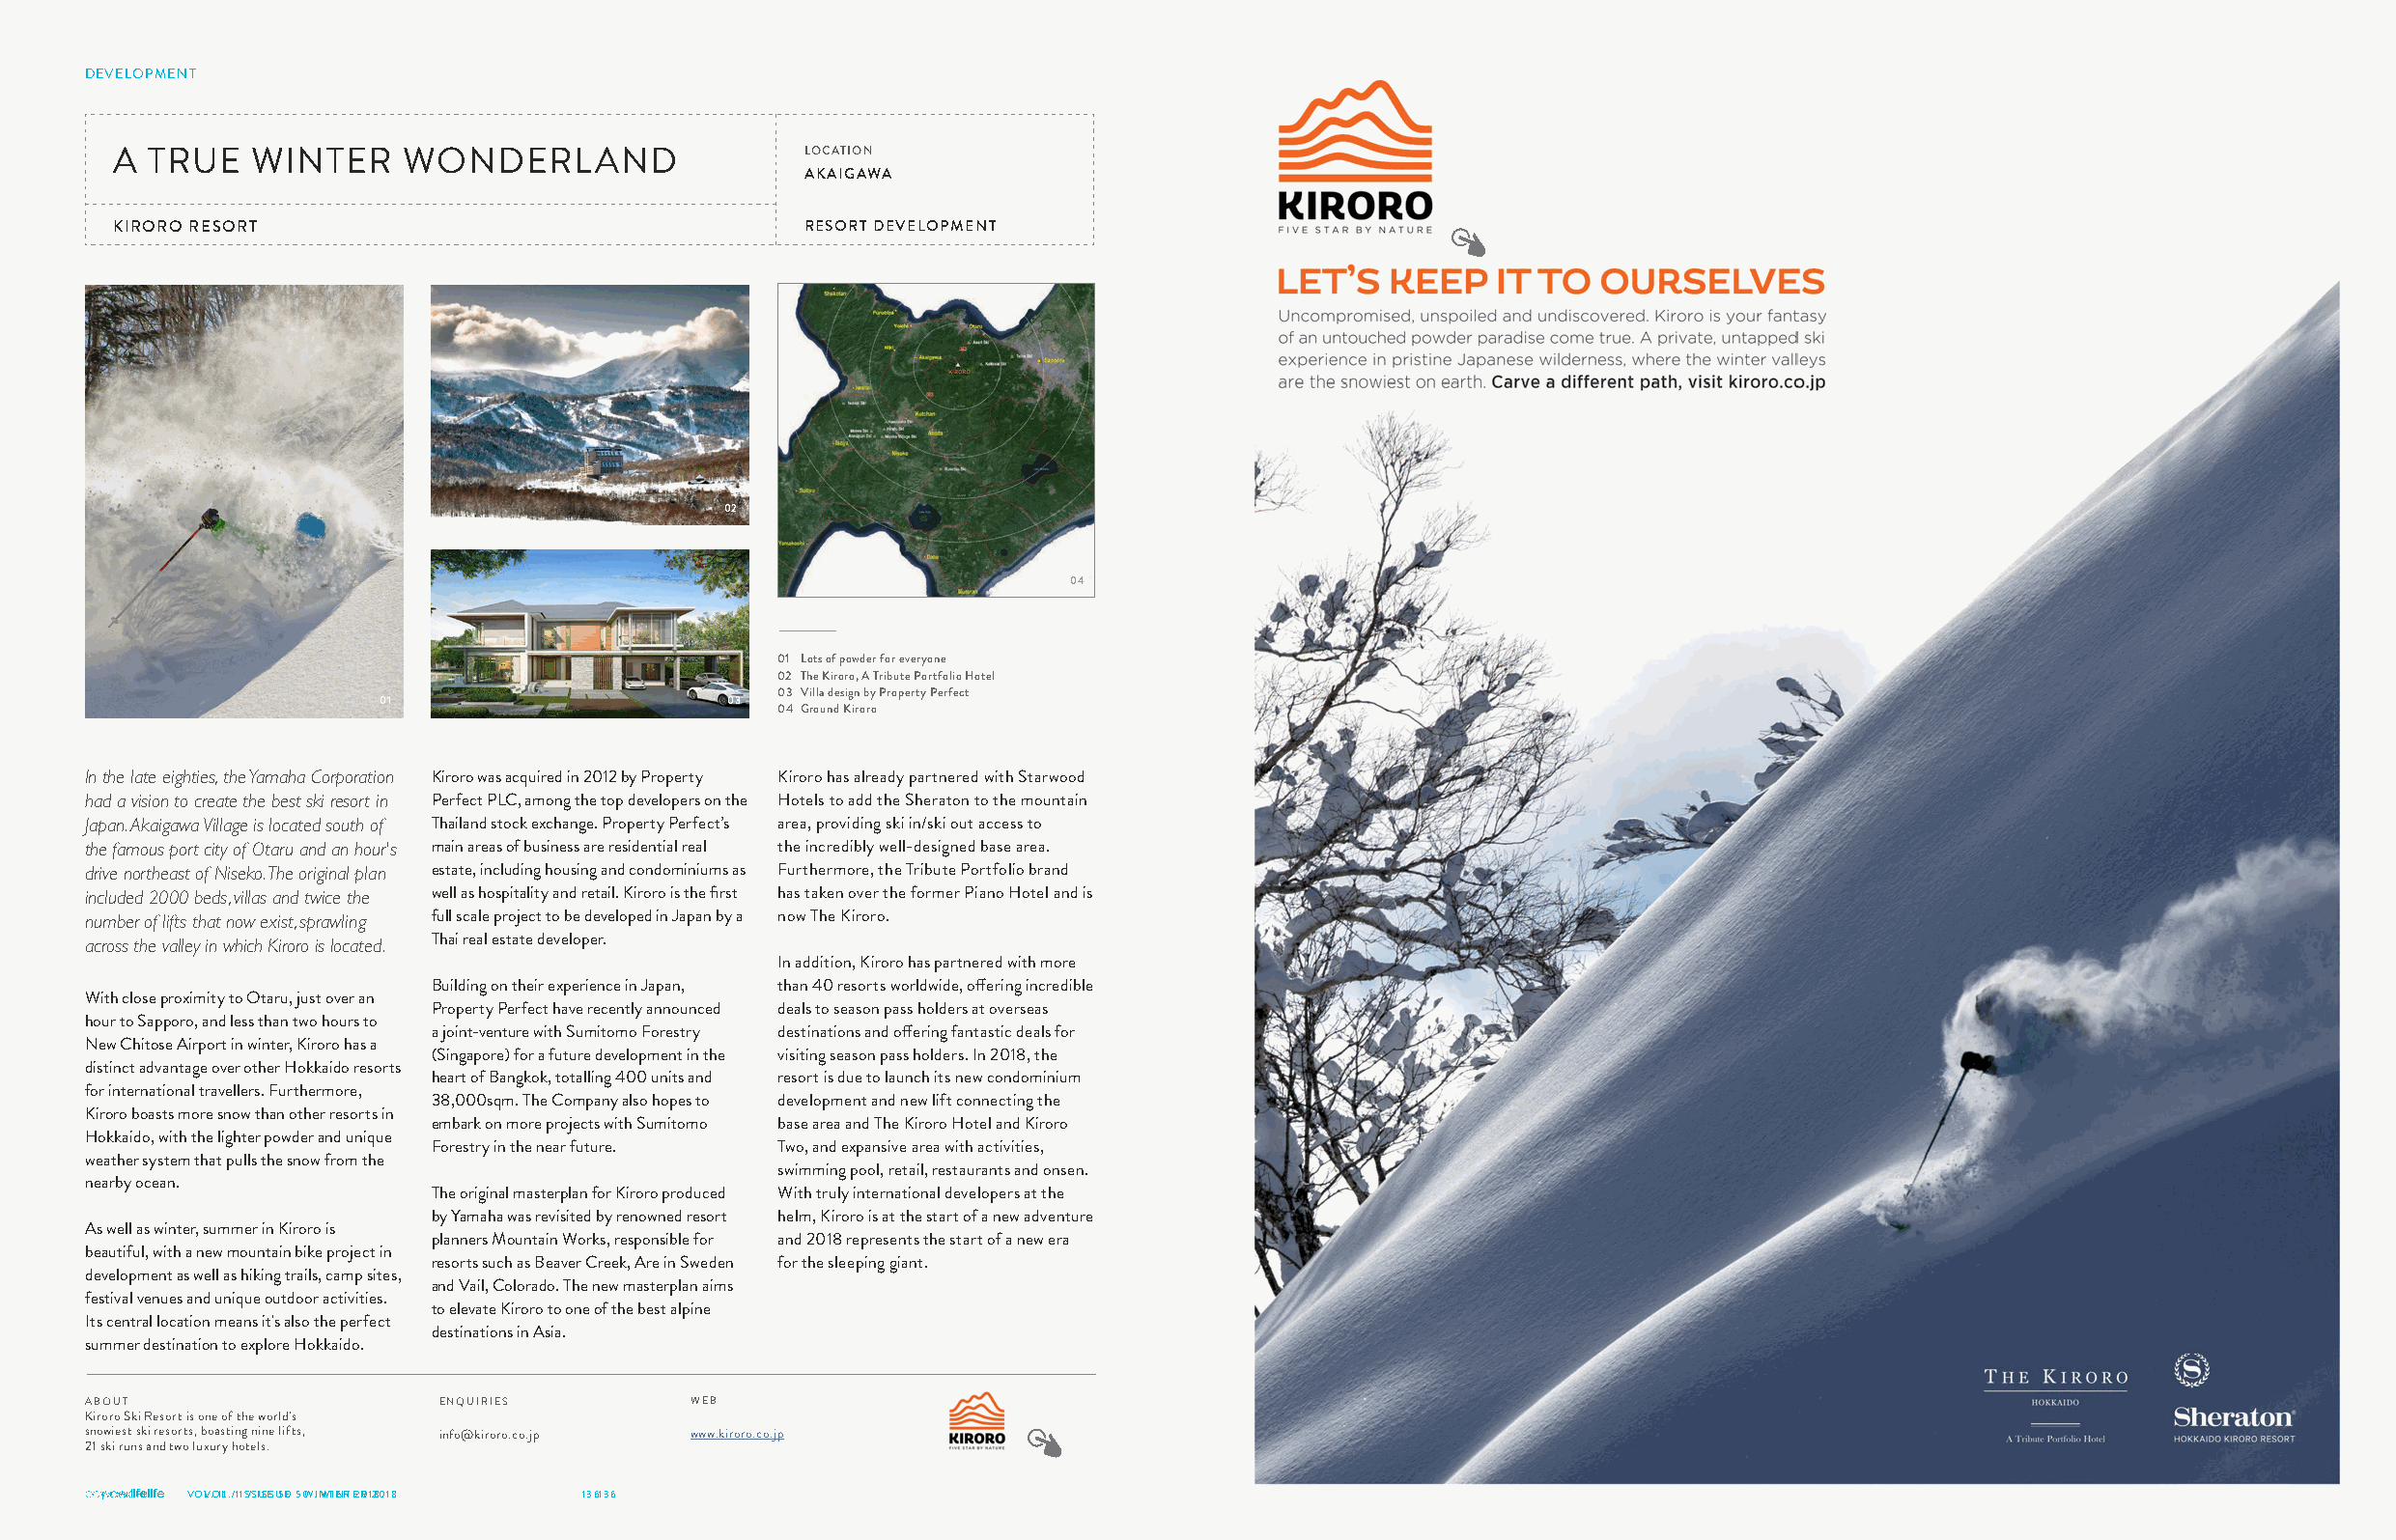
DEVELOPMENT
 A TRUE   WINTER     WONDERLAND                 LOCATION
 AKAIGAWA
 KIRORO RESORT                                  RESORT DEVELOPMENT
 02
 04
 01 Lots of powder for everyone
 02 The Kiroro, A Tribute Portfolio Hotel
 03 Villa design by Property Perfect
 01                      03
 04 Ground Kiroro
 In the late eighties, the Yamaha Corporation Kiroro was acquired in 2012 by Property Kiroro has already partnered with Starwood
 had a vision to create the best ski resort in Perfect PLC, among the top developers on the Hotels to add the Sheraton to the mountain
 Japan. Akaigawa Village is located south of Thailand stock exchange. Property Perfect’s area, providing ski in/ski out access to
 the famous port city of Otaru and an hour's main areas of business are residential real the incredibly well-designed base area.
 drive northeast of Niseko. The original plan estate, including housing and condominiums as Furthermore, the Tribute Portfolio brand
 included 2000 beds, villas and twice the well as hospitality and retail. Kiroro is the first has taken over the former Piano Hotel and is
 number of lifts that now exist, sprawling full scale project to be developed in Japan by a now The Kiroro.
 across the valley in which Kiroro is located. Thai real estate developer.
 In addition, Kiroro has partnered with more
 Building on their experience in Japan, than 40 resorts worldwide, offering incredible
 With close proximity to Otaru, just over an
 Property Perfect have recently announced deals to season pass holders at overseas
 hour to Sapporo, and less than two hours to
 a joint-venture with Sumitomo Forestry destinations and offering fantastic deals for
 New Chitose Airport in winter, Kiroro has a
 (Singapore) for a future development in the visiting season pass holders. In 2018, the
 distinct advantage over other Hokkaido resorts
 heart of Bangkok, totalling 400 units and resort is due to launch its new condominium
 for international travellers. Furthermore,
 38,000sqm. The Company also hopes to development and new lift connecting the
 Kiroro boasts more snow than other resorts in
 embark on more projects with Sumitomo base area and The Kiroro Hotel and Kiroro
 Hokkaido, with the lighter powder and unique
 Forestry in the near future. Two, and expansive area with activities,
 weather system that pulls the snow from the
 swimming pool, retail, restaurants and onsen.
 nearby ocean.
 The original masterplan for Kiroro produced With truly international developers at the
 by Yamaha was revisited by renowned resort helm, Kiroro is at the start of a new adventure
 As well as winter, summer in Kiroro is
 planners Mountain Works, responsible for and 2018 represents the start of a new era
 beautiful, with a new mountain bike project in
 resorts such as Beaver Creek, Are in Sweden for the sleeping giant.
 development as well as hiking trails, camp sites,
 and Vail, Colorado. The new masterplan aims
 festival venues and unique outdoor activities.
 to elevate Kiroro to one of the best alpine
 Its central location means it's also the perfect
 destinations in Asia.
 summer destination to explore Hokkaido.
 ABOUT                   ENQUIRIES        WEB
 Kiroro Ski Resort is one of the world's
 snowiest ski resorts, boasting nine lifts, info@kiroro.co.jp www.kiroro.co.jp
 21 ski runs and two luxury hotels.
 VOVL.O 1L1 ./ 1 I1S /S IUSES U5E0 5. 0W .I NWTIENRT E2R0 128018 1361 36